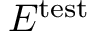
E ^ { \mathrm { t e s t } }